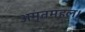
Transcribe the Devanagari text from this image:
अमृतमहल।